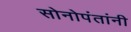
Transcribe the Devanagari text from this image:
सोनोपंतांनी